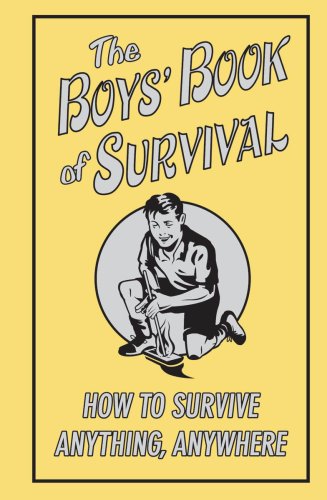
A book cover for The Boys' Book Of Survival (How To Survive Anything, Anywhere); Scholastic; Sports & Outdoors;